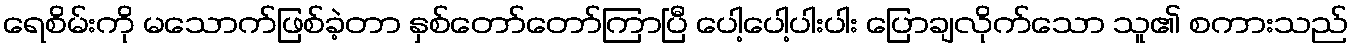
ရေစိမ်းကို မသောက်ဖြစ်ခဲ့တာ နှစ်တော်တော်ကြာပြီ ပေါ့ပေါ့ပါးပါး ပြောချလိုက်သော သူ၏ စကားသည်